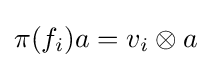
\pi (f_{i})a=v_{i}\otimes a